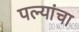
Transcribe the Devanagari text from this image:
पत्‍न्यांचा